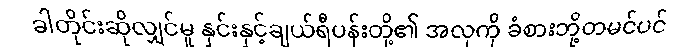
ခါတိုင်းဆိုလျှင်မူ နှင်းနှင့်ချယ်ရီပန်းတို့၏ အလှကို ခံစားဘို့တမင်ပင်